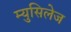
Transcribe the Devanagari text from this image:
म्युसिलेज